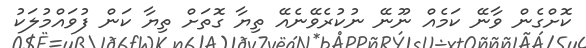
ކޮށްގެން ވާނޭ ކަމެއް ނޫނޭ ނުކުރެވޭނެއޭ ތިޔާ ގޮތަށް ތިޔާ ކަން ފުވައްމުލަކު